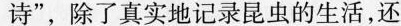
诗”，除了真实地记录昆虫的生活，还